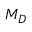
M _ { D }